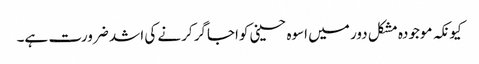
کیونکہ موجودہ مشکل دور میں اسوہ حسینی کواجاگر کرنے کی اشد ضرورت ہے۔